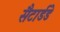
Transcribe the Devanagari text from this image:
सैटार्डडे